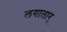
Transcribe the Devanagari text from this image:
लगातार्